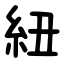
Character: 紐